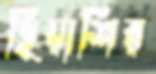
ছিয়াশির